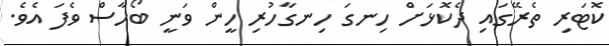
ކޮޓަރި ތެރޭގައި ދެކޮޅަށް ހިނގަ ހިނގާހުރި ހީން ވަނީ ބޯހާސް ވެފަ އެވެ.